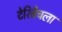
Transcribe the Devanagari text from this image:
टेरिब्रैचला